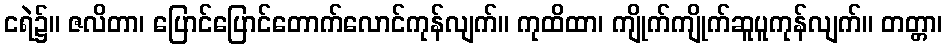
ငရဲ၌။ ဇလိတာ၊ ပြောင်ပြောင်တောက်လောင်ကုန်လျက်။ ကုထိထာ၊ ကျိုက်ကျိုက်ဆူပူကုန်လျက်။ တတ္တာ၊